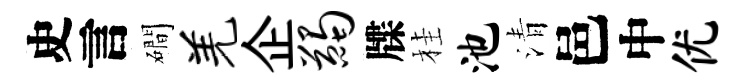
史言磵羌企蠲牒桂池清邑中优